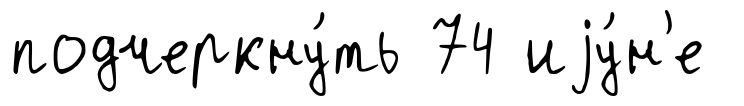
подчеркну́ть 74 иjу́н'е